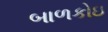
બાળકોઇ